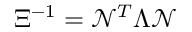
\Xi ^ { - 1 } = \mathcal { N } ^ { T } \Lambda \mathcal { N }